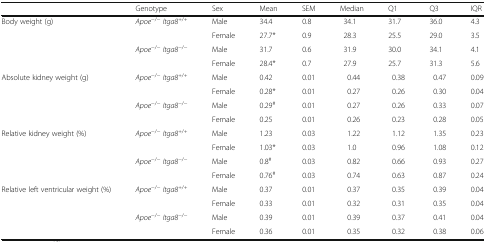
|  | Genotype | Sex | Mean | SEM | Median | Q1 | Q3 | IQR |
 | --- | --- | --- | --- | --- | --- | --- | --- | --- |
 | <ROWSPAN=4> Body weight (g) | <ROWSPAN=2> Apoe−/−Itga8+/+ | Male | 34.4 | 0.8 | 34.1 | 31.7 | 36.0 | 4.3 |
 | Female | 27.7* | 0.9 | 28.3 | 25.5 | 29.0 | 3.5 |
 | <ROWSPAN=2> Apoe−/−Itga8−/− | Male | 31.7 | 0.6 | 31.9 | 30.0 | 34.1 | 4.1 |
 | Female | 28.4* | 0.7 | 27.9 | 25.7 | 31.3 | 5.6 |
 | <ROWSPAN=4> Absolute kidney weight (g) | <ROWSPAN=2> Apoe−/−Itga8+/+ | Male | 0.42 | 0.01 | 0.44 | 0.38 | 0.47 | 0.09 |
 | Female | 0.28* | 0.01 | 0.27 | 0.26 | 0.30 | 0.04 |
 | <ROWSPAN=2> Apoe−/−Itga8−/− | Male | 0.29# | 0.01 | 0.27 | 0.26 | 0.33 | 0.07 |
 | Female | 0.25 | 0.01 | 0.26 | 0.23 | 0.28 | 0.05 |
 | <ROWSPAN=4> Relative kidney weight (%) | <ROWSPAN=2> Apoe−/−Itga8+/+ | Male | 1.23 | 0.03 | 1.22 | 1.12 | 1.35 | 0.23 |
 | Female | 1.03* | 0.03 | 1.0 | 0.96 | 1.08 | 0.12 |
 | <ROWSPAN=2> Apoe−/−Itga8−/− | Male | 0.8# | 0.03 | 0.82 | 0.66 | 0.93 | 0.27 |
 | Female | 0.76# | 0.03 | 0.74 | 0.63 | 0.87 | 0.24 |
 | <ROWSPAN=4> Relative left ventricular weight (%) | <ROWSPAN=2> Apoe−/−Itga8+/+ | Male | 0.37 | 0.01 | 0.37 | 0.35 | 0.39 | 0.04 |
 | Female | 0.33 | 0.01 | 0.32 | 0.31 | 0.35 | 0.04 |
 | <ROWSPAN=2> Apoe−/−Itga8−/− | Male | 0.39 | 0.01 | 0.39 | 0.37 | 0.41 | 0.04 |
 | Female | 0.36 | 0.01 | 0.35 | 0.32 | 0.38 | 0.06 |